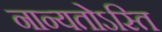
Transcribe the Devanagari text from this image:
नान्यतोऽस्ति